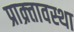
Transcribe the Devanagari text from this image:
प्राक्र्तावस्था